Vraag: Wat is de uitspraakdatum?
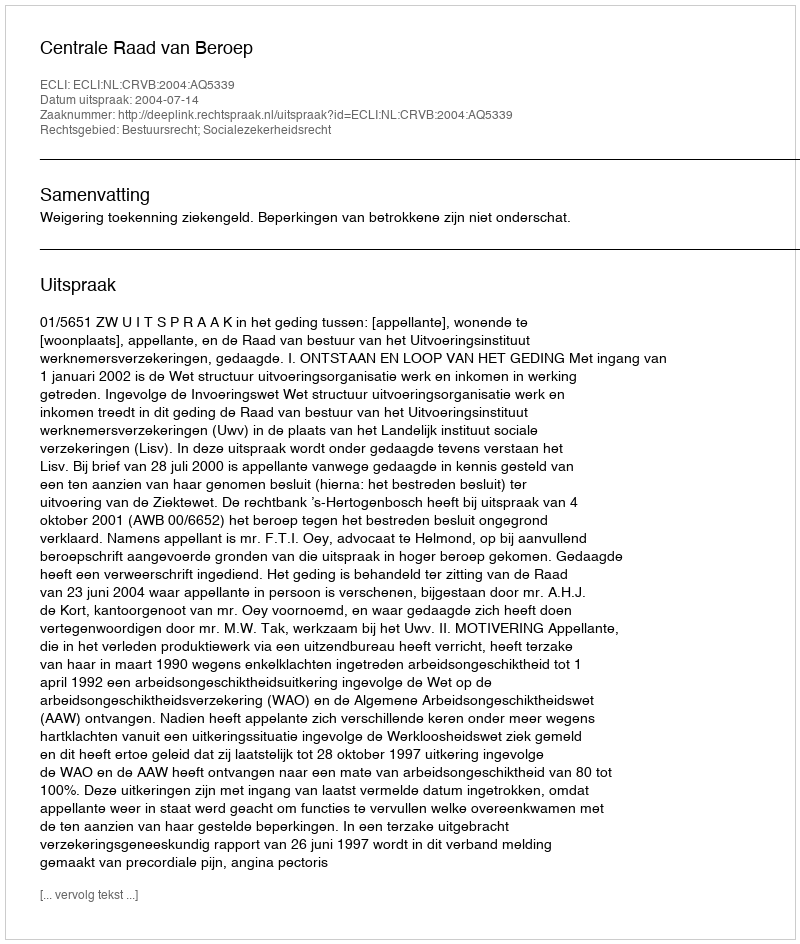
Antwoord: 2004-07-14